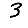
Digit: 3